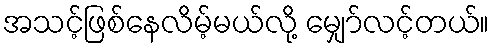
အသင့်ဖြစ်နေလိမ့်မယ်လို့ မျှော်လင့်တယ်။